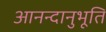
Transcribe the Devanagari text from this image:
आनन्‍दानुभूति